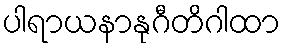
ပါရာယနာနုဂီတိဂါထာ